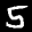
Label: 5